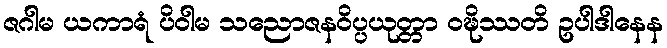
ဇဂါမ ယကာရံ ပိဝါမ သညောဇနဝိပ္ပယုတ္တာ ဝဍ္ဎိဿတိ ဥပါဒါနေန